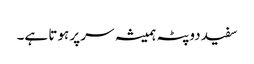
سفید دوپٹہ ہمیشہ سر پر ہوتا ہے۔